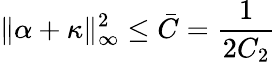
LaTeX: \| \alpha+\kappa\| _{\infty}^{2}\leq\bar{C}=\frac{1}{2C_{2}}